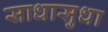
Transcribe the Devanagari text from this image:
साधासुधा